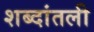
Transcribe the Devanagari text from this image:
शब्दांतली